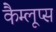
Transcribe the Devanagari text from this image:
कैम्लूप्स